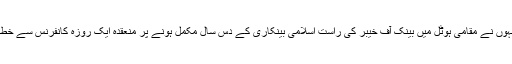
ان خیالات کا اظہار انہوں نے مقامی ہوٹل میں بینک آف خیبر کی راست اسلامی بینکاری کے دس سال مکمل ہونے پر منعقدہ ایک روزہ کانفرنس سے خطاب کرتے ہوئے کیا ۔